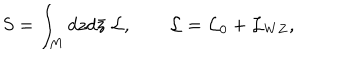
S = \int _ { M } d z d \bar { z } ~ { \mathcal L } , ~ ~ { \mathcal L } = { \mathcal L } _ { 0 } + { \mathcal L } _ { W Z } ,